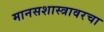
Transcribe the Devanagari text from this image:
मानसशास्त्रावरचा